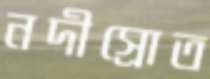
নদীস্রোত